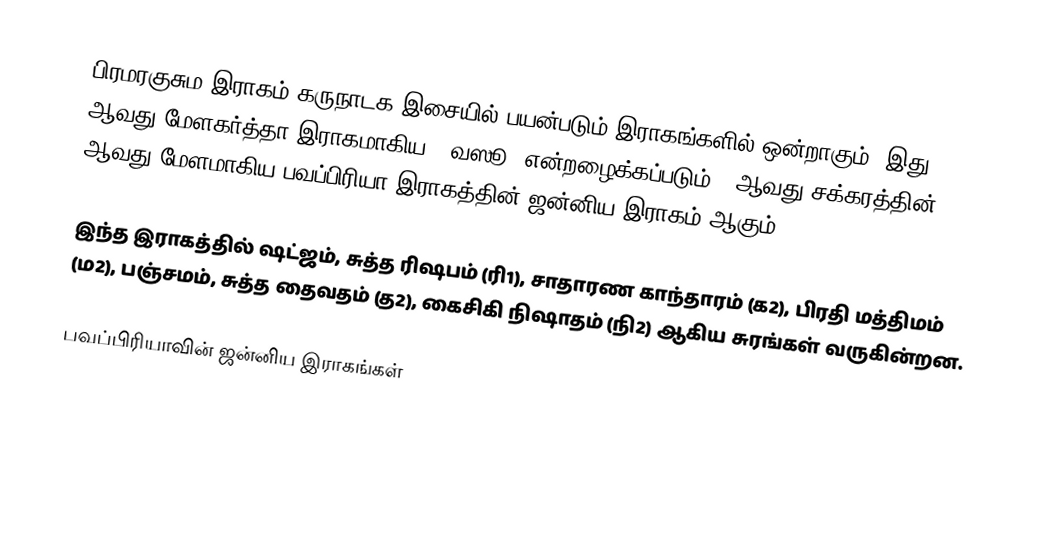
பிரமரகுசும இராகம் கருநாடக இசையில் பயன்படும் இராகங்களில் ஒன்றாகும். இது 44 ஆவது மேளகர்த்தா இராகமாகிய, "வஸூ" என்றழைக்கப்படும் 7 ஆவது சக்கரத்தின் 2 ஆவது மேளமாகிய பவப்பிரியா இராகத்தின் ஜன்னிய இராகம் ஆகும்.

இந்த இராகத்தில் ஷட்ஜம், சுத்த ரிஷபம் (ரி1),  சாதாரண காந்தாரம் (க2), பிரதி மத்திமம் (ம2), பஞ்சமம், சுத்த தைவதம் (த2), கைசிகி நிஷாதம்  (நி2) ஆகிய சுரங்கள் வருகின்றன.

பவப்பிரியாவின் ஜன்னிய இராகங்கள்